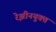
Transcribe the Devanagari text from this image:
रेझीनयुक्त